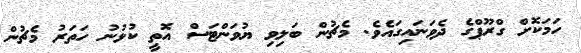
ހަމަކޮށް ގްރޫޕްގެ ދެވަނައިގައެވެ. މެޗުން ބަލިވި ޔުވަންޓަސް އޮތީ ކުޅުނު ހަތަރު މެޗުން